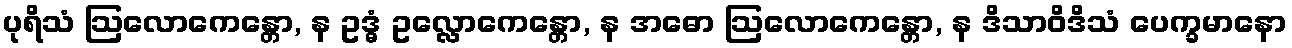
ပုရိသံ ဩလောကေန္တော, န ဥဒ္ဓံ ဥလ္လောကေန္တော, န အဓော ဩလောကေန္တော, န ဒိသာဝိဒိသံ ပေက္ခမာနော